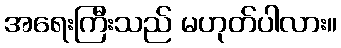
အရေးကြီးသည် မဟုတ်ပါလား။